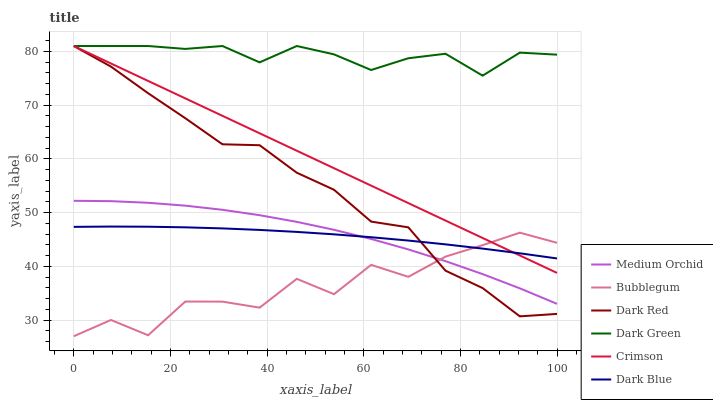
| xaxis_label | Medium Orchid | Bubblegum | Dark Red | Dark Green | Crimson | Dark Blue |
 | --- | --- | --- | --- | --- | --- | --- |
 | 0 | 52.2 | 27 | 81 | 81 | 81 | 47.4 |
 | 7.69 | 52.1 | 30 | 77.2 | 81 | 77.8 | 47.4 |
 | 15.4 | 51.8 | 27.2 | 72.2 | 81 | 74.5 | 47.4 |
 | 23.1 | 51.3 | 33.5 | 67.6 | 80.5 | 71.3 | 47.3 |
 | 30.8 | 50.5 | 33.4 | 62.7 | 81 | 68 | 47.1 |
 | 38.5 | 49.5 | 32.3 | 62.5 | 78 | 64.8 | 46.8 |
 | 46.2 | 48.3 | 37.7 | 57.4 | 81 | 61.5 | 46.4 |
 | 53.8 | 46.8 | 34.8 | 54.3 | 79.4 | 58.3 | 46 |
 | 61.5 | 45.1 | 40.3 | 48.3 | 76.5 | 55 | 45.4 |
 | 69.2 | 43.2 | 38.1 | 47.3 | 78.7 | 51.8 | 44.8 |
 | 76.9 | 41 | 41.8 | 39.2 | 79.6 | 48.5 | 44.1 |
 | 84.6 | 38.6 | 44 | 36 | 75.5 | 45.3 | 43.3 |
 | 92.3 | 35.9 | 46.3 | 30.7 | 79.8 | 42 | 42.4 |
 | 100 | 33 | 44.4 | 31.2 | 79.4 | 38.8 | 41.5 |